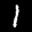
Label: 1